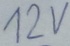
Text: 12V